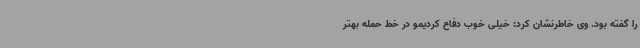
را گفته بود. وی خاطرنشان کرد: خیلی خوب دفاع کردیمو در خط حمله بهتر